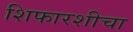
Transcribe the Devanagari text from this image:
शिफारशीचा